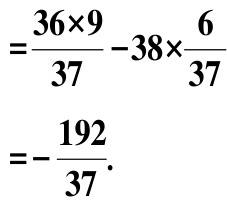
\[
\begin{align*}
&=\frac{36\times9}{37}-38\times\frac{6}{37}\\
&=-\frac{192}{37}.
\end{align*}
\]